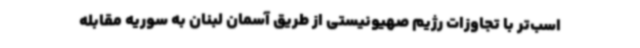
اسب‌تر با تجاوزات رژیم صهیونیستی از طریق آسمان لبنان به سوریه مقابله